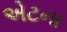
એટના